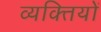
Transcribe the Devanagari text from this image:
व्‍यक्‍ितयों